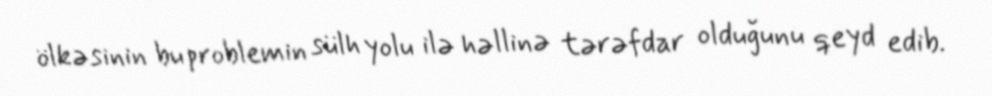
ölkəsinin bu problemin sülh yolu ilə həllinə tərəfdar olduğunu qeyd edib.